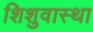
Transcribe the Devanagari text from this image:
शिशुवास्था